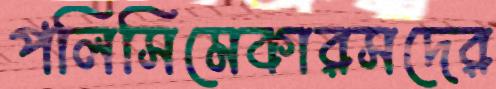
পলিসিমেকারসদের